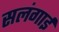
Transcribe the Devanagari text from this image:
सलंगाई